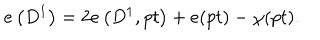
e \left( D ^ { 1 } \right) = 2 e \left( D ^ { 1 } , p t \right) + e ( p t ) - \chi ( p t ) .